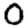
Digit: 0